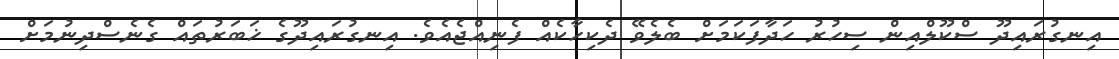
އިނގުރައިދޫ ސްކޫލްއިން ސިހުރު ހަދާފަކަމަށް ބެލެވޭ ދެކިހާކެއް ފެނިއްޖެއެވެ. އިނގުރައިދޫގެ ޚަބަރުތައް ގެނެސްދިނުމަށް